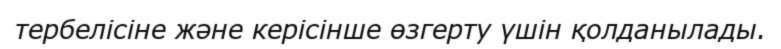
тербелісіне және керісінше өзгерту үшін қолданылады.